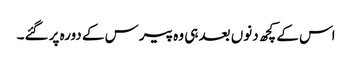
اس کے کچھ دنوں بعد ہی وہ پیرس کے دورہ پر گئے۔